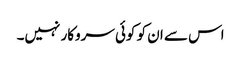
اس سے ان کو کوئی سروکار نہیں۔